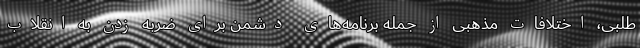
طلبی، اختلافات مذهبی از جمله برنامه‌های دشمن برای ضربه زدن به انقلاب